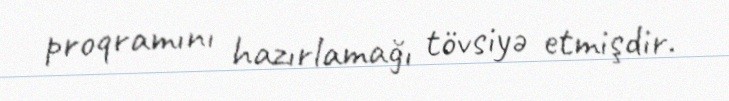
proqramını hazırlamağı tövsiyə etmişdir.